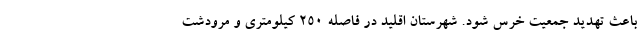
باعث تهدید جمعیت خرس شود. شهرستان اقلید در فاصله ۲۵۰ کیلومتری و مرودشت